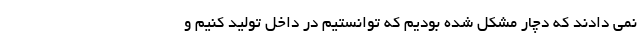
نمی دادند که دچار مشکل شده بودیم که توانستیم در داخل تولید کنیم و